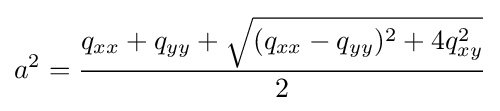
a^{2}={\frac {q_{xx}+q_{yy}+{\sqrt {(q_{xx}-q_{yy})^{2}+4q_{xy}^{2}}}}{2}}